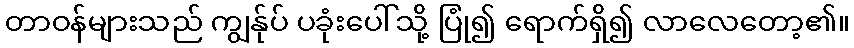
တာဝန်များသည် ကျွန်ုပ် ပခုံးပေါ်သို့ ပြုံ၍ ရောက်ရှိ၍ လာလေတော့၏။